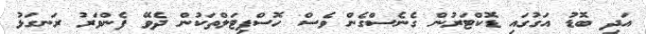
އަދި ބޮޑު އަގުގައި ޑޮކްޓަރުން ގެނެސްގެން ވެސް ހޮސްޕިޓަލްތަކުން ދެވޭ ފެންވަރު ރަނގަޅު